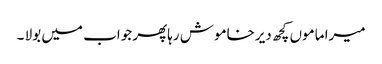
میرا ماموں کچھ دیرخاموش رہاپھر جواب میں بولا ۔